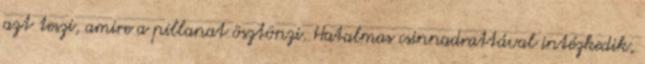
azt teszi, amire a pillanat ösztönzi. Hatalmas csinnadrattával intézkedik,